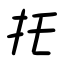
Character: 托